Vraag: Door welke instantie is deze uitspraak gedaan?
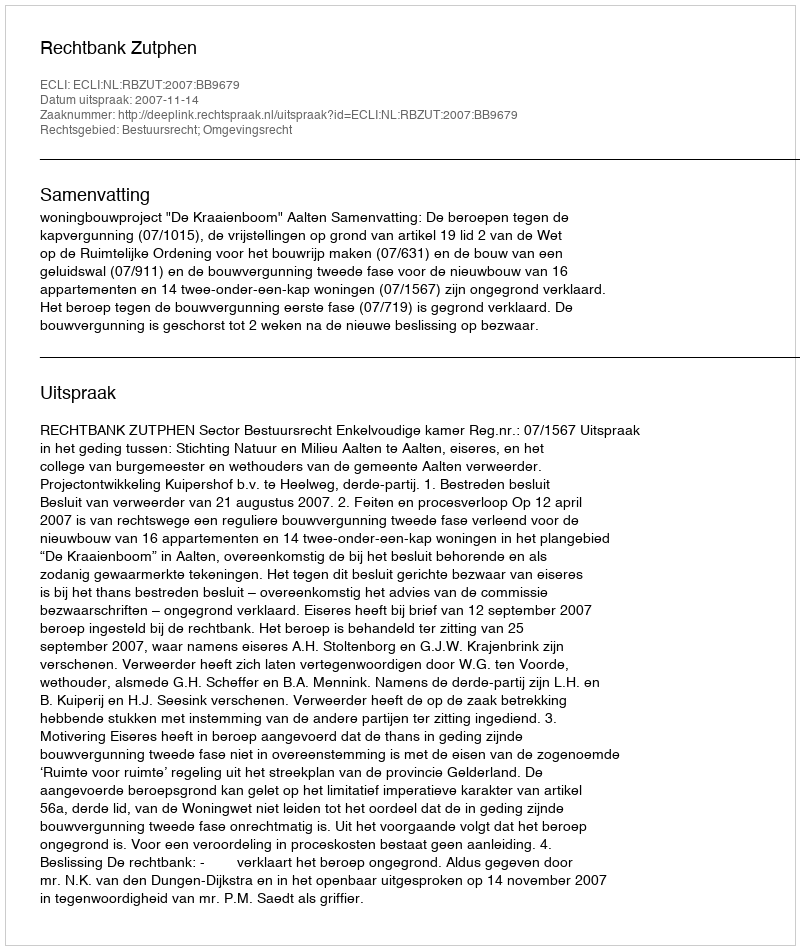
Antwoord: Rechtbank Zutphen